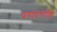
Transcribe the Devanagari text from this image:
प्रवाहगति